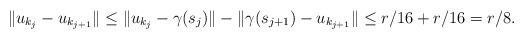
\begin{align*}\|u_{k_j} - u_{k_{j+1}}\| \le \|u_{k_j} - \gamma(s_{j})\| - \|\gamma(s_{j+1}) - u_{k_{j+1}}\| \le r/16 + r/16 = r/8.\end{align*}